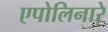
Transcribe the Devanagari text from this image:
एपोलिनारे